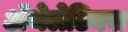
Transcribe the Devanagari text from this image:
ॲथेलेटिक्स